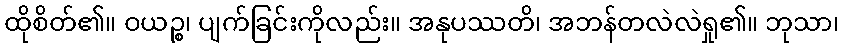
ထိုစိတ်၏။ ဝယဉ္စ၊ ပျက်ခြင်းကိုလည်း။ အနုပဿတိ၊ အဘန်တလဲလဲရှု၏။ ဘုသာ၊